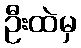
ဦးထဲမှ